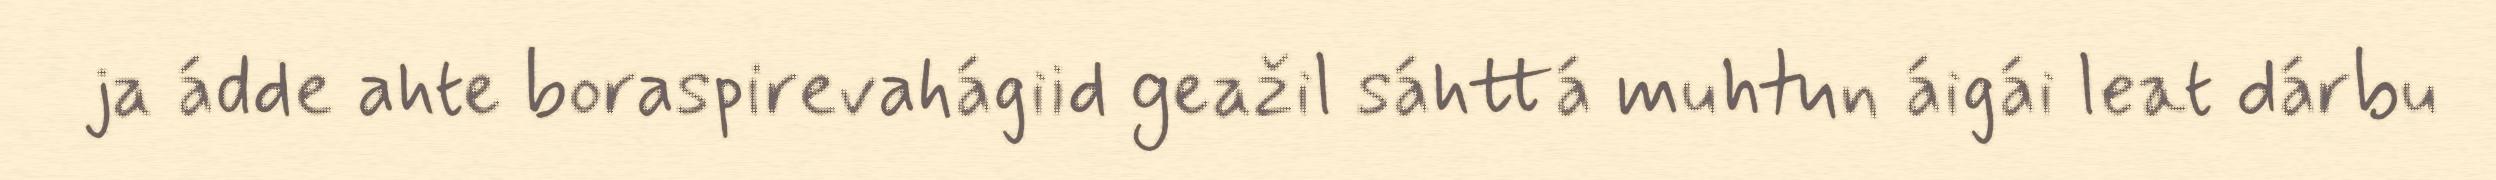
ja ádde ahte boraspirevahágiid geažil sáhttá muhtun áigái leat dárbu